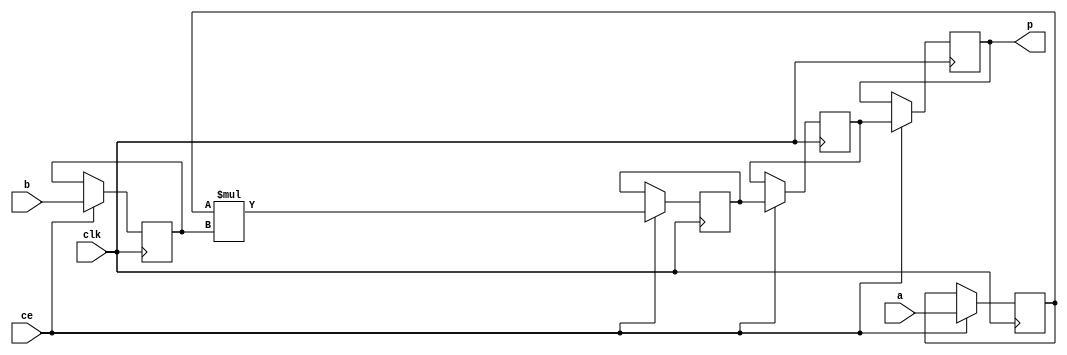
module matrix_mult_mul_8bkb_Mul5S_0(clk, ce, a, b, p);
input clk;
input ce;
input[8 - 1 : 0] a; // synthesis attribute keep a "true"
input[8 - 1 : 0] b; // synthesis attribute keep b "true"
output[16 - 1 : 0] p;

reg signed [8 - 1 : 0] a_reg0;
reg signed [8 - 1 : 0] b_reg0;
wire signed [16 - 1 : 0] tmp_product;
reg signed [16 - 1 : 0] buff0;
reg signed [16 - 1 : 0] buff1;
reg signed [16 - 1 : 0] buff2;

assign p = buff2;
assign tmp_product = a_reg0 * b_reg0;
always @ (posedge clk) begin
    if (ce) begin
        a_reg0 <= a;
        b_reg0 <= b;
        buff0 <= tmp_product;
        buff1 <= buff0;
        buff2 <= buff1;
    end
end
endmodule